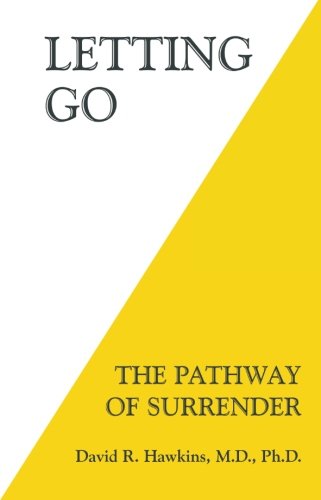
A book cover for Letting Go: The Pathway of Surrender; David R. Hawkins  M.D.  Ph.D.; Self-Help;